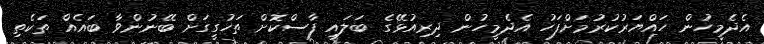
އެދެމީހުން ހައްޔަރުކުރުމަށްފަހު އެދެމީހުން ދިރިއުޅޭގެ ބަލައި ފާސްކޮށް ތަހުގީގަށް ބޭނުންވާ ބައެއް ތަކެތި